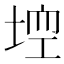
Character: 𡌾